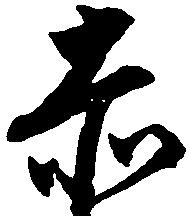
赤